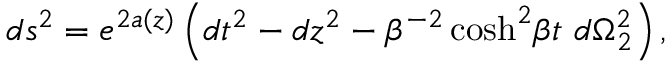
d s ^ { 2 } = e ^ { 2 a ( z ) } \left( d t ^ { 2 } - d z ^ { 2 } - \beta ^ { - 2 } \cosh ^ { 2 } \! \beta t \, \, d \Omega _ { 2 } ^ { 2 } \right) ,